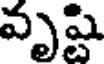
వృష్టి